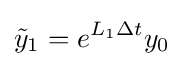
{\tilde {y}}_{1}=e^{L_{1}\Delta t}y_{0}